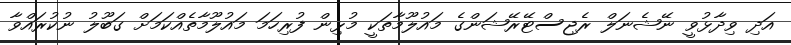
އަދި ވިދާޅުވީ ނޭޝެނަލް ރެޖިސްޓޭރޭޝަންގެ މައުލޫމާތަކީ މުޅިން ފުރިހަމަ މައުލޫމާތެއްކަމަށް ގަބޫލު ނުކުރައްވާ